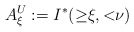
\begin{align*} A^U_\xi:=I^*({\ge}\xi,{<}\nu) \end{align*}